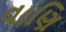
વાણિ